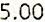
5.00